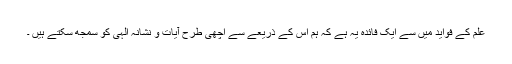
علم کے فواید میں سے ایک فائدہ یہ ہے کہ ہم اس کے ذریعے سے اچھی طرح آیات و نشانہ الہی کو سمجھ سکتے ہیں ۔